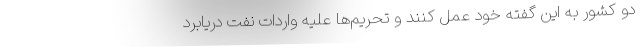
دو کشور به این گفته خود عمل کنند و تحریم‌ها علیه واردات نفت دریابرد